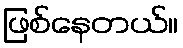
ဖြစ်နေတယ်။